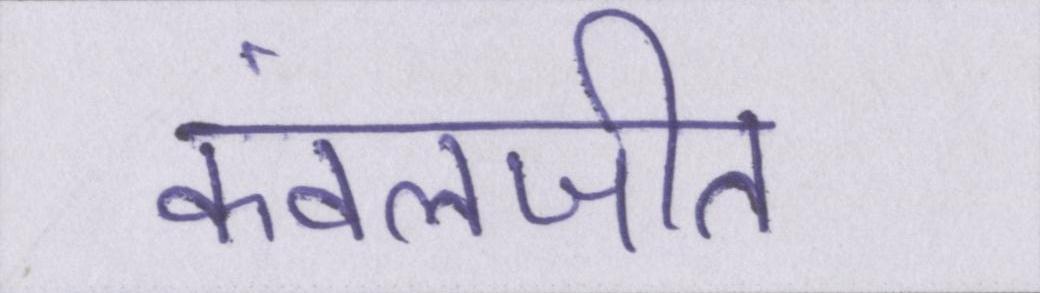
कंवलजीत